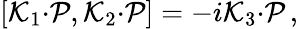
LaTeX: [{\cal K}_{1}{\cdot{\cal P}},{\cal K}_{2}{\cdot{\cal P}}]=-i{\cal K}_{3}{\cdot{\cal P}}\, ,